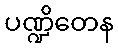
ပဏ္ဍိတေန